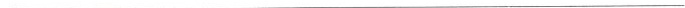
___